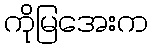
ကိုမြအေးက